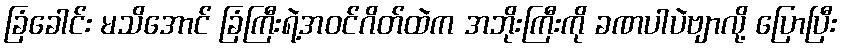
ခြံခေါင်း မသိအောင် ခြံကြီးရဲ့အဝင်ဂိတ်ထဲက အဘိုးကြီးကို ခဏပါပဲဗျာလို့ ပြောပြီး